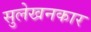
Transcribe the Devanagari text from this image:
सुलेखनकार